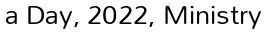
a Day, 2022, Ministry